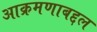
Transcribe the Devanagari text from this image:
आक्रमणाबद्दल